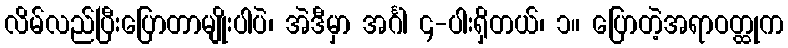
လိမ်လည်ပြီးပြောတာမျိုးပါပဲ၊ အဲဒီမှာ အင်္ဂါ ၄-ပါးရှိတယ်၊ ၁။ ပြောတဲ့အရာဝတ္ထုက